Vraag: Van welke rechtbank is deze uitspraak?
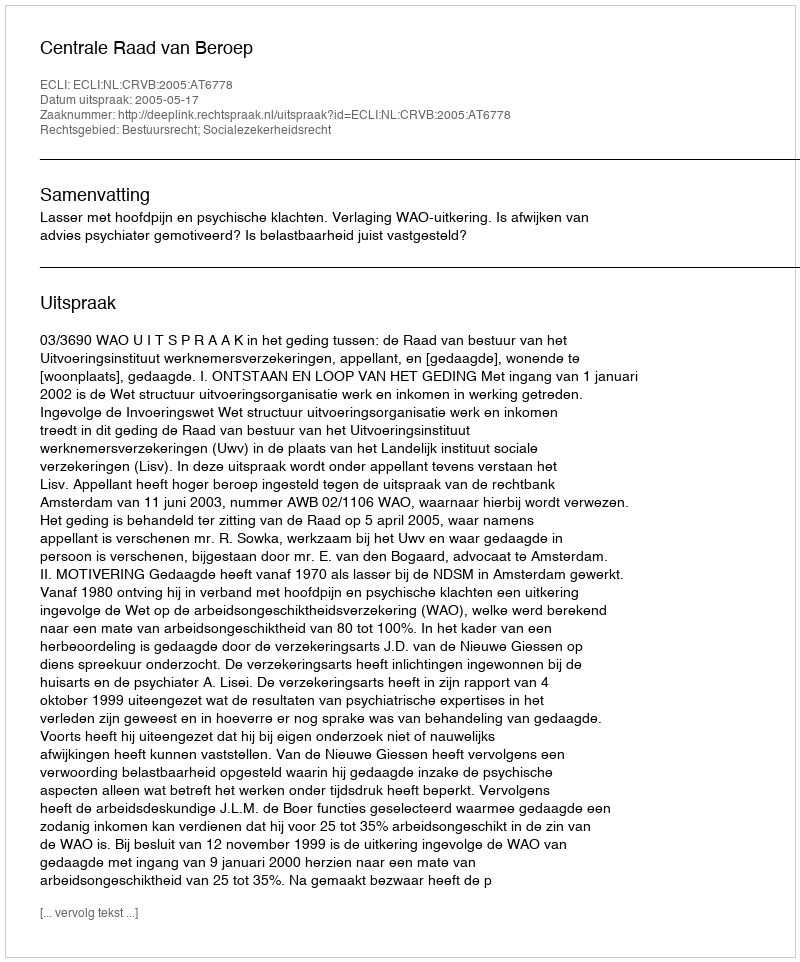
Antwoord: Centrale Raad van Beroep